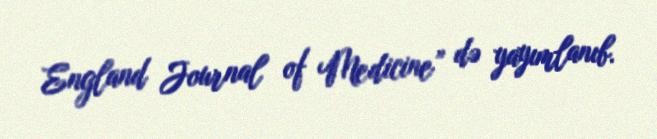
England Journal of Medicine” də yayımlanıb.